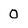
Character: 0